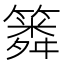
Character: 𥳞